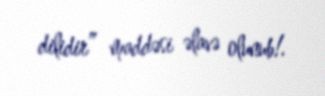
dilidir” maddəsi əlavə olunub!.